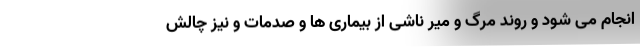
انجام می شود و روند مرگ و میر ناشی از بیماری ها و صدمات و نیز چالش